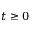
t \geq 0